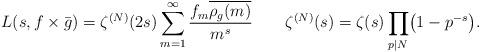
LaTeX: \begin{align*}L(s, f\times\bar{g}) = \zeta^{(N)}(2s) \sum_{m=1}^\infty \frac{f_m\overline{\rho_g(m)}}{m^s}\quad\quad\zeta^{(N)}(s)= \zeta(s)\prod_{p\mid N} \bigl(1 - p^{-s}\bigr).\end{align*}